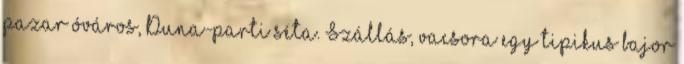
pazar óváros, Duna-parti séta. Szállás, vacsora egy tipikus bajor